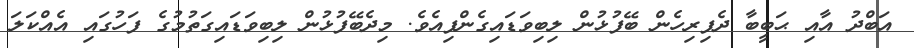
އަބްދު އާއި ޙަބީބާ ދެފިރިހެން ބޭފުޅުން ލިބިވަޑައިގެންފިއެވެ. މިދެބޭފުޅުން ލިބިވަޑައިގަތުމުގެ ފަހުގައި އެއްކަލަ